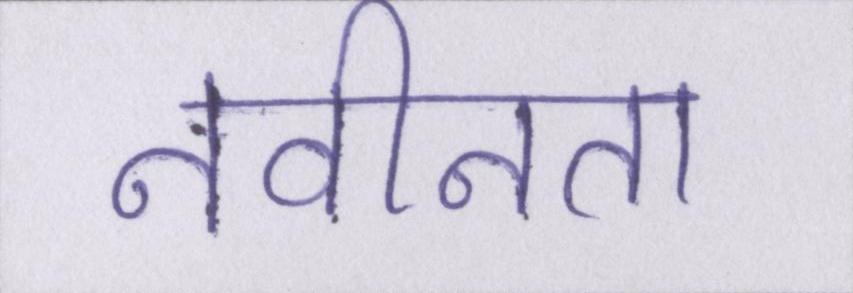
नवीनता